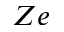
Z e